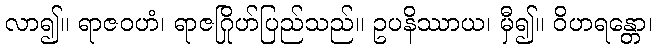
လာ၍။ ရာဇဝဟံ၊ ရာဇဂြိုဟ်ပြည်သည်။ ဥပနိဿာယ၊ မှီ၍။ ဝိဟရန္တော၊